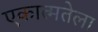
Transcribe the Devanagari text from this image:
एकात्मतेला